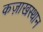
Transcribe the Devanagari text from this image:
कज़ाखस्थान